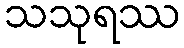
သသုရဿ